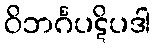
ဝိဘင်္ဂပဋိပဒါ